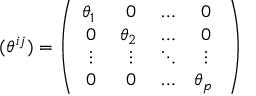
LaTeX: ( \theta ^ { i j } ) = \left( \begin{array} { c c c c } { { \theta _ { 1 } { \bf \epsilon } } } & { { 0 } } & { { \dots } } & { { 0 } } \\ { { 0 } } & { { \theta _ { 2 } { \bf \epsilon } } } & { { \dots } } & { { 0 } } \\ { { \vdots } } & { { \vdots } } & { { \ddots } } & { { \vdots } } \\ { { 0 } } & { { 0 } } & { { \dots } } & { { \theta _ { p } { \bf \epsilon } } } \end{array} \right)